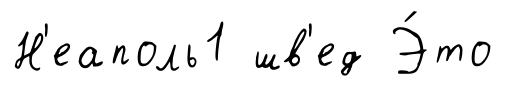
Н'еаполь1 шв'ед Э́то